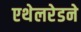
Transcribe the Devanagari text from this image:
एथेलरेडने